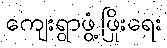
ကျေးရွာဖွံ့ဖြိုးရေး